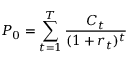
P _ { 0 } = \sum _ { t = 1 } ^ { T } { \frac { C _ { t } } { ( 1 + r _ { t } ) ^ { t } } }